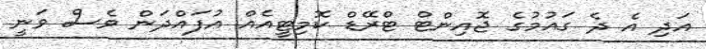
އަދި އެ ދެ ގައުމުގެ ޖޮއިންޓް ޓްރޭޑް ކޮމިޓީއެއް އުފައްދަން ވެސް ވަނީ